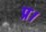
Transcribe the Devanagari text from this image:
प्र।